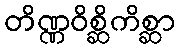
တိဏ္ဏဝိစ္ဆိကိစ္ဆာ